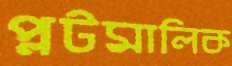
প্লটমালিক